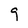
Character: g